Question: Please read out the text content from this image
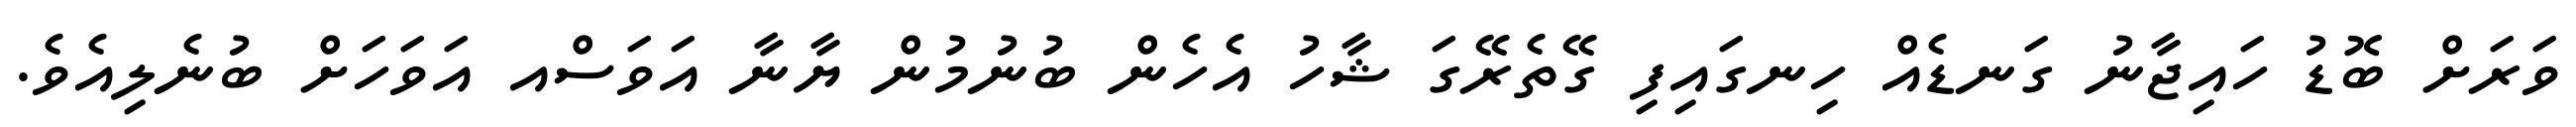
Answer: ވަރަށް ބޮޑު ހައިޖާނު ގަނޑެއް ހިނގައިފި ގޭތެރޭގަ ޝާހު އެހެން ބުނުމުން ޔާނާ އަވަސްއ އަވަހަށް ބުނެލިއެވެ.